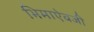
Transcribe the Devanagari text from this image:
भिमाऐवजी